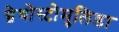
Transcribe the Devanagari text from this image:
ग्नेथोस्टोमुलिडा